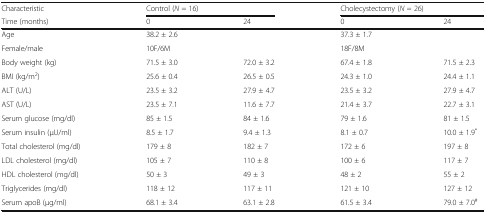
<table><thead><tr><td><b>Characteristic</b></td><td colspan="2"><b>Control (<i>N</i> = 16)</b></td><td colspan="2"><b>Cholecystectomy (<i>N</i> = 26)</b></td></tr><tr><td><b>Time (months)</b></td><td><b>0</b></td><td><b>24</b></td><td><b>0</b></td><td><b>24</b></td></tr></thead><tbody><tr><td>Age</td><td>38.2 ± 2.6</td><td></td><td>37.3 ± 1.7</td><td></td></tr><tr><td>Female/male</td><td>10F/6M</td><td></td><td>18F/8M</td><td></td></tr><tr><td>Body weight (kg)</td><td>71.5 ± 3.0</td><td>72.0 ± 3.2</td><td>67.4 ± 1.8</td><td>71.5 ± 2.3</td></tr><tr><td>BMI (kg/m<sup>2</sup>)</td><td>25.6 ± 0.4</td><td>26.5 ± 0.5</td><td>24.3 ± 1.0</td><td>24.4 ± 1.1</td></tr><tr><td>ALT (U/L)</td><td>23.5 ± 3.2</td><td>27.9 ± 4.7</td><td>23.5 ± 3.2</td><td>27.9 ± 4.7</td></tr><tr><td>AST (U/L)</td><td>23.5 ± 7.1</td><td>11.6 ± 7.7</td><td>21.4 ± 3.7</td><td>22.7 ± 3.1</td></tr><tr><td>Serum glucose (mg/dl)</td><td>85 ± 1.5</td><td>84 ± 1.6</td><td>79 ± 1.6</td><td>81 ± 1.5</td></tr><tr><td>Serum insulin (μU/ml)</td><td>8.5 ± 1.7</td><td>9.4 ± 1.3</td><td>8.1 ± 0.7</td><td>10.0 ± 1.9<sup>*</sup></td></tr><tr><td>Total cholesterol (mg/dl)</td><td>179 ± 8</td><td>182 ± 7</td><td>172 ± 6</td><td>197 ± 8</td></tr><tr><td>LDL cholesterol (mg/dl)</td><td>105 ± 7</td><td>110 ± 8</td><td>100 ± 6</td><td>117 ± 7</td></tr><tr><td>HDL cholesterol (mg/dl)</td><td>50 ± 3</td><td>49 ± 3</td><td>48 ± 2</td><td>55 ± 2</td></tr><tr><td>Triglycerides (mg/dl)</td><td>118 ± 12</td><td>117 ± 11</td><td>121 ± 10</td><td>127 ± 12</td></tr><tr><td>Serum apoB (μg/ml)</td><td>68.1 ± 3.4</td><td>63.1 ± 2.8</td><td>61.5 ± 3.4</td><td>79.0 ± 7.0<sup>#</sup></td></tr></tbody></table>